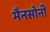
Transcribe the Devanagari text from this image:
मैनसोनी